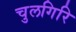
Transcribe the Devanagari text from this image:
चुलगिरि